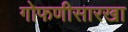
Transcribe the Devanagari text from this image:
गोफणीसारखा